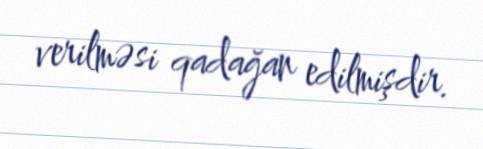
verilməsi qadağan edilmişdir.